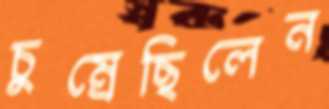
চুম্‌রেছিলেন